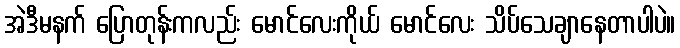
အဲဒီမနက် ပြောတုန်းကလည်း မောင်လေးကိုယ် မောင်လေး သိပ်သေချာနေတာပါပဲ။